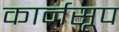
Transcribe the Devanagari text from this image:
कार्नसूप